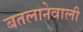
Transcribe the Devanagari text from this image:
बतलानेवाली